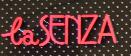
lasenza